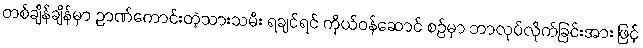
တစ်ချိန်ချိန်မှာ ဉာဏ်ကောင်းတဲ့သားသမီး ရချင်ရင် ကိုယ်ဝန်ဆောင် စဉ်မှာ ဘာလုပ်လိုက်ခြင်းအား ဖြင့်